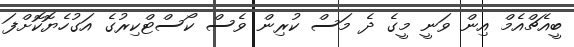
ބީއެޗްއެމް އިން ވަނީ މީގެ ދެ މަސް ކުރިން ވެސް ކޯސްޓްކިރުގެ އަގުހެޔޮކޮށްފަ